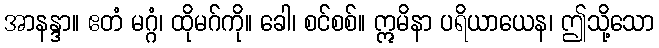
အာနန္ဒာ။ ဧတံ မဂ္ဂံ၊ ထိုမဂ်ကို။ ခေါ၊ စင်စစ်။ ဣမိနာ ပရိယာယေန၊ ဤသို့သော